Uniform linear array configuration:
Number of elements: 32
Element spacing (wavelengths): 0.5
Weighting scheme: kaiser
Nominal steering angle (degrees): -60
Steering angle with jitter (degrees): -59.04
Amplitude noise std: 0.05
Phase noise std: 0.05

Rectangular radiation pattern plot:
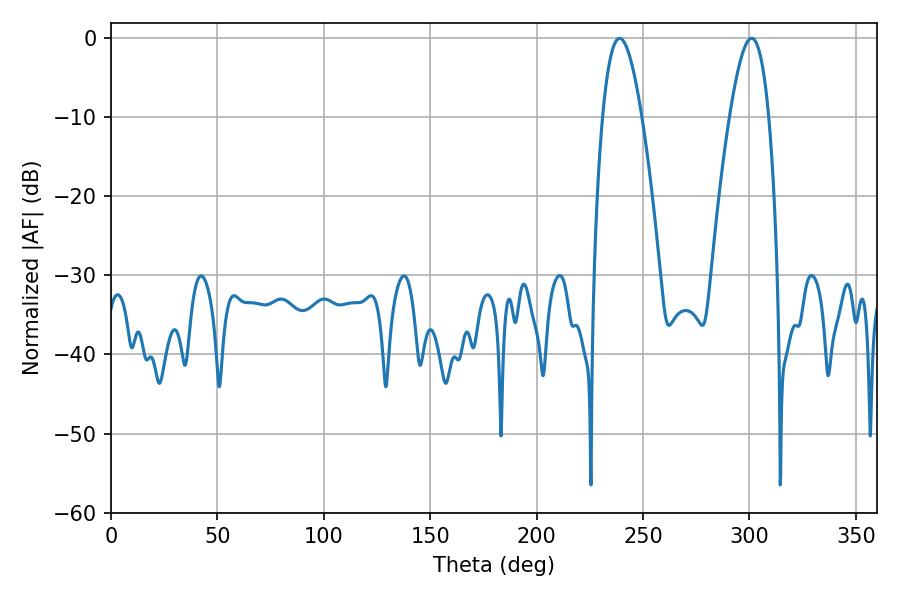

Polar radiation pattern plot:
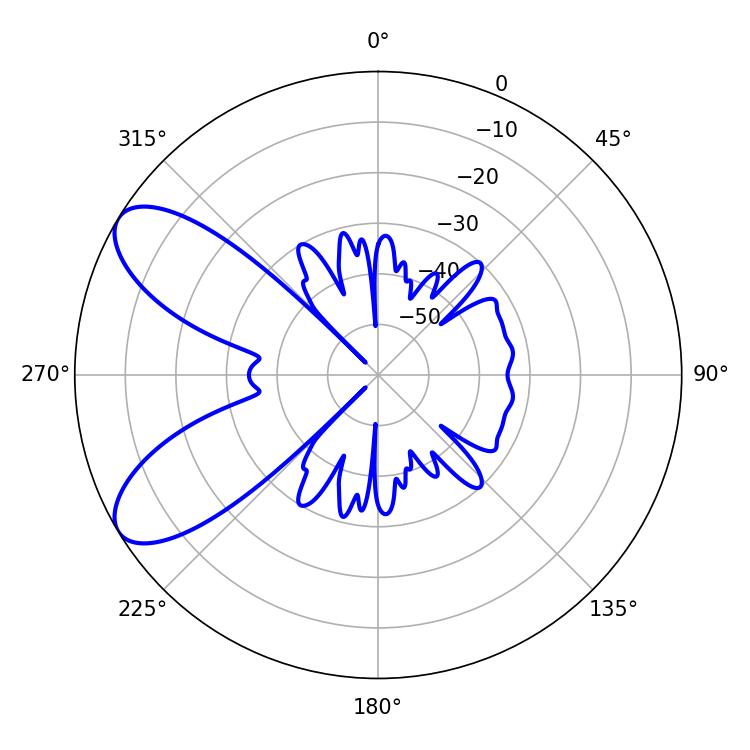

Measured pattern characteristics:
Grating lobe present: FALSE
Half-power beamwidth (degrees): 10.08
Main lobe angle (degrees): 239.04